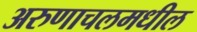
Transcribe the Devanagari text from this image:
अरुणाचलमधील